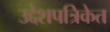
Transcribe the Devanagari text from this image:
उद्देशपत्रिकेत